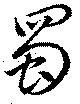
蜀